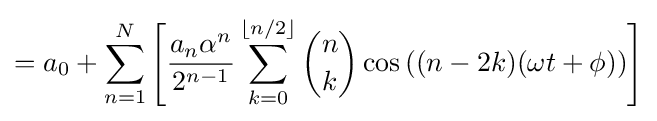
=a_{0}+\sum _{n=1}^{N}{\Bigg [}{{\frac {a_{n}\alpha ^{n}}{2^{n-1}}}\sum _{k=0}^{\lfloor n/2\rfloor }{{n \choose k}\cos {((n-2k)(\omega t+\phi ))}}{\Bigg ]}}